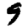
Digit: 9